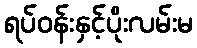
ရပ်ဝန်းနှင့်ပိုးလမ်းမ